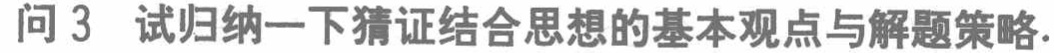
问 3 试归纳一下猜证结合思想的基本观点与解题策略.